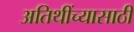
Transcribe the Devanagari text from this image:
अतिथींच्यासाठी